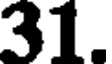
31.